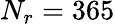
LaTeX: N_{r}=365